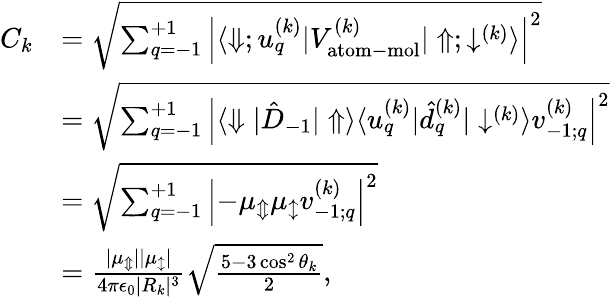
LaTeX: \begin{array}{rl}{C_{k}}&{=\sqrt{\sum_{q=-1}^{+1}\left|\langle\Downarrow;u_{q}^{(k)}|V_{\mathrm{atom-mol}}^{(k)}|\Uparrow;\downarrow^{(k)}\rangle\right|^{2}}}\\ &{=\sqrt{\sum_{q=-1}^{+1}\left|\langle\Downarrow|\hat{D}_{-1}|\Uparrow\rangle\langle u_{q}^{(k)}|\hat{d}_{q}^{(k)}|\downarrow^{(k)}\rangle v_{-1;q}^{(k)}\right|^{2}}}\\ &{=\sqrt{\sum_{q=-1}^{+1}\left|-\mu_{\Updownarrow}\mu_{\updownarrow}v_{-1;q}^{(k)}\right|^{2}}}\\ &{=\frac{|\mu_{\Updownarrow}||\mu_{\updownarrow}|}{4\pi\epsilon_{0}|R_{k}|^{3}}\sqrt{\frac{5-3\cos^{2}\theta_{k}}{2}},}\end{array}